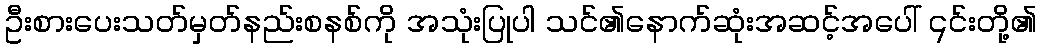
ဦးစားပေးသတ်မှတ်နည်းစနစ်ကို အသုံးပြုပါ သင်၏နောက်ဆုံးအဆင့်အပေါ် ၎င်းတို့၏